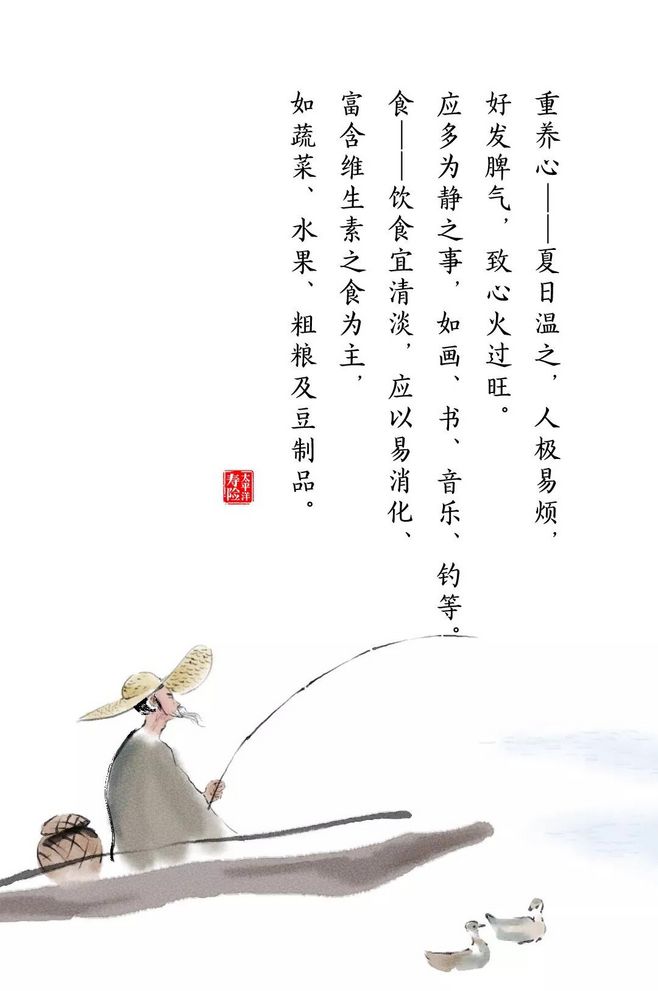
首夏犹清和，芳草亦未歇。